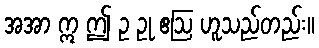
အအာ ဣ ဤ ဥ ဥု ဧဩ ဟူသည်တည်း။